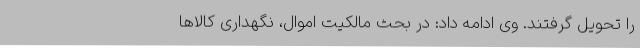
را تحویل گرفتند. وی ادامه داد: در بحث مالکیت اموال، نگهداری کالاها